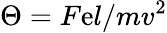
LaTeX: \Theta=F\mathrm{e}l/mv^{2}